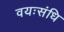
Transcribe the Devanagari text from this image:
वयःसंधि